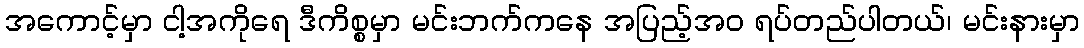
အကောင့်မှာ ငါ့အကိုရေ ဒီကိစ္စမှာ မင်းဘက်ကနေ အပြည့်အဝ ရပ်တည်ပါတယ်၊ မင်းနားမှာ